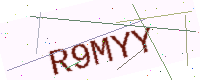
Text: R9MYY